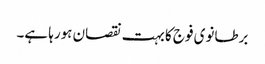
برطانوی فوج کا بہت نقصان ہورہا ہے۔